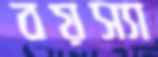
বয়স্যা